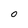
Character: 0